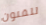
للفنون